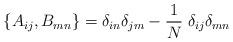
LaTeX: \begin{align*}\{A_{ij}, B_{mn}\} = \delta_{in} \delta_{jm} - \frac{1}{N}\; \delta_{ij} \delta_{mn}\\\end{align*}